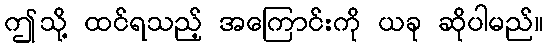
ဤသို့ ထင်ရသည့် အကြောင်းကို ယခု ဆိုပါမည်။